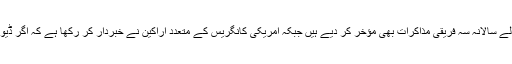
ڈیوس کی رہائی کے معاملے پر امریکہ نے پاکستان اور افغانستان کے ساتھ کیے جانے والے سالانہ سہ فریقی مذاکرات بھی مؤخر کر دیے ہیں جبکہ امریکی کانگریس کے متعدد اراکین نے خبردار کر رکھا ہے کہ اگر ڈیوس کو آزاد نہ کیا گیا تو پاکستان کو دی جانے والی امریکی امداد میں کٹوتی بھی ممکن ہے۔